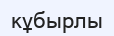
кұбырлы